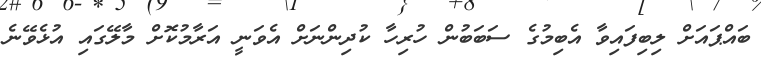
ބައްޕައަށް ލިބިފައިވާ އެބިމުގެ ސަބަބުން ހުރިހާ ކުދިންނަށް އެވަނީ އަރާމުކޮށް މާލޭގައި އުޅެވޭނެ